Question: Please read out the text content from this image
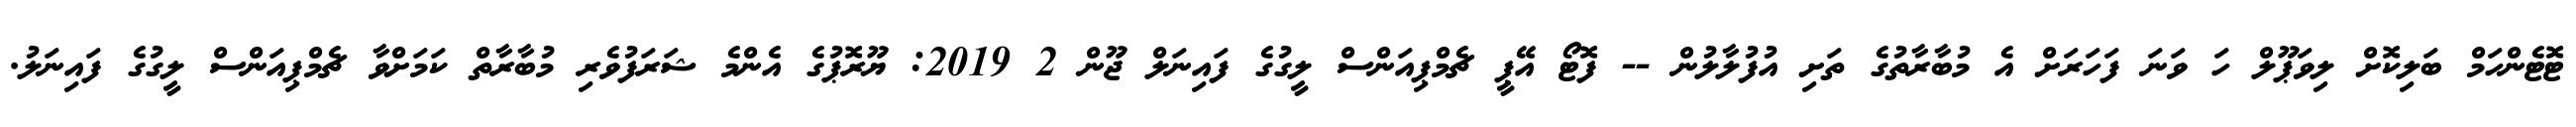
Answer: ޓޮޓެންހަމް ބަލިކޮށް ލިވަޕޫލް ހަ ވަނަ ފަހަރަށް އެ މުބާރާތުގެ ތަށި އުފުލާލުން -- ފޮޓޯ އޭޕީ ޗެމްޕިއަންސް ލީގުގެ ފައިނަލް ޖޫން 2 2019: ޔޫރޮޕުގެ އެންމެ ޝަރަފުވެރި މުބާރާތް ކަމަށްވާ ޗެމްޕިއަންސް ލީގުގެ ފައިނަލު.